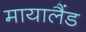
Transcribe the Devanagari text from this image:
मायालैंड